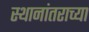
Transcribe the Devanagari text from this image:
स्थानांतराच्या